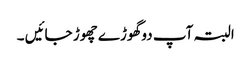
البتہ آپ دو گھوڑے چھوڑ جائیں ۔